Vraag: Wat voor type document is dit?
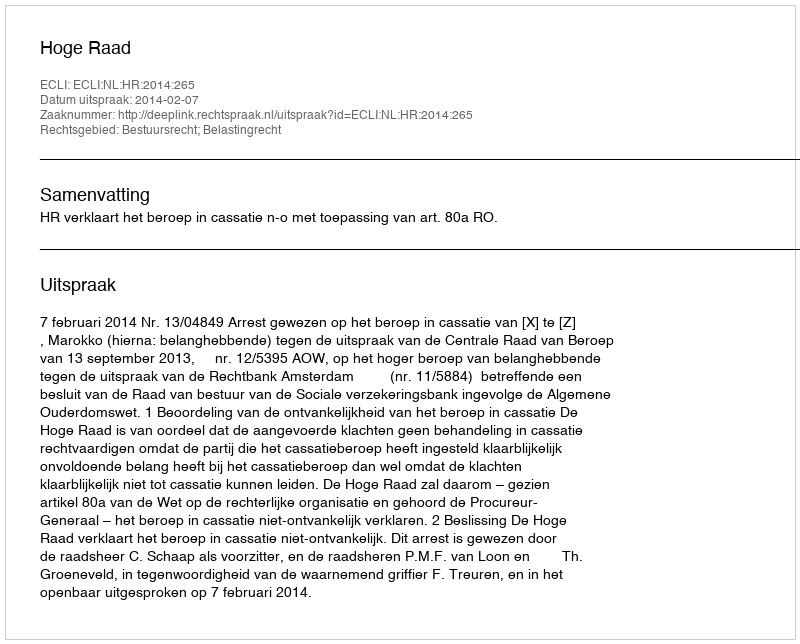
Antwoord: Uitspraak